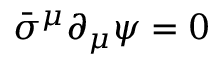
{ \bar { \sigma } } ^ { \mu } \partial _ { \mu } \psi = 0